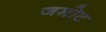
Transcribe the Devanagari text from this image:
जमोट